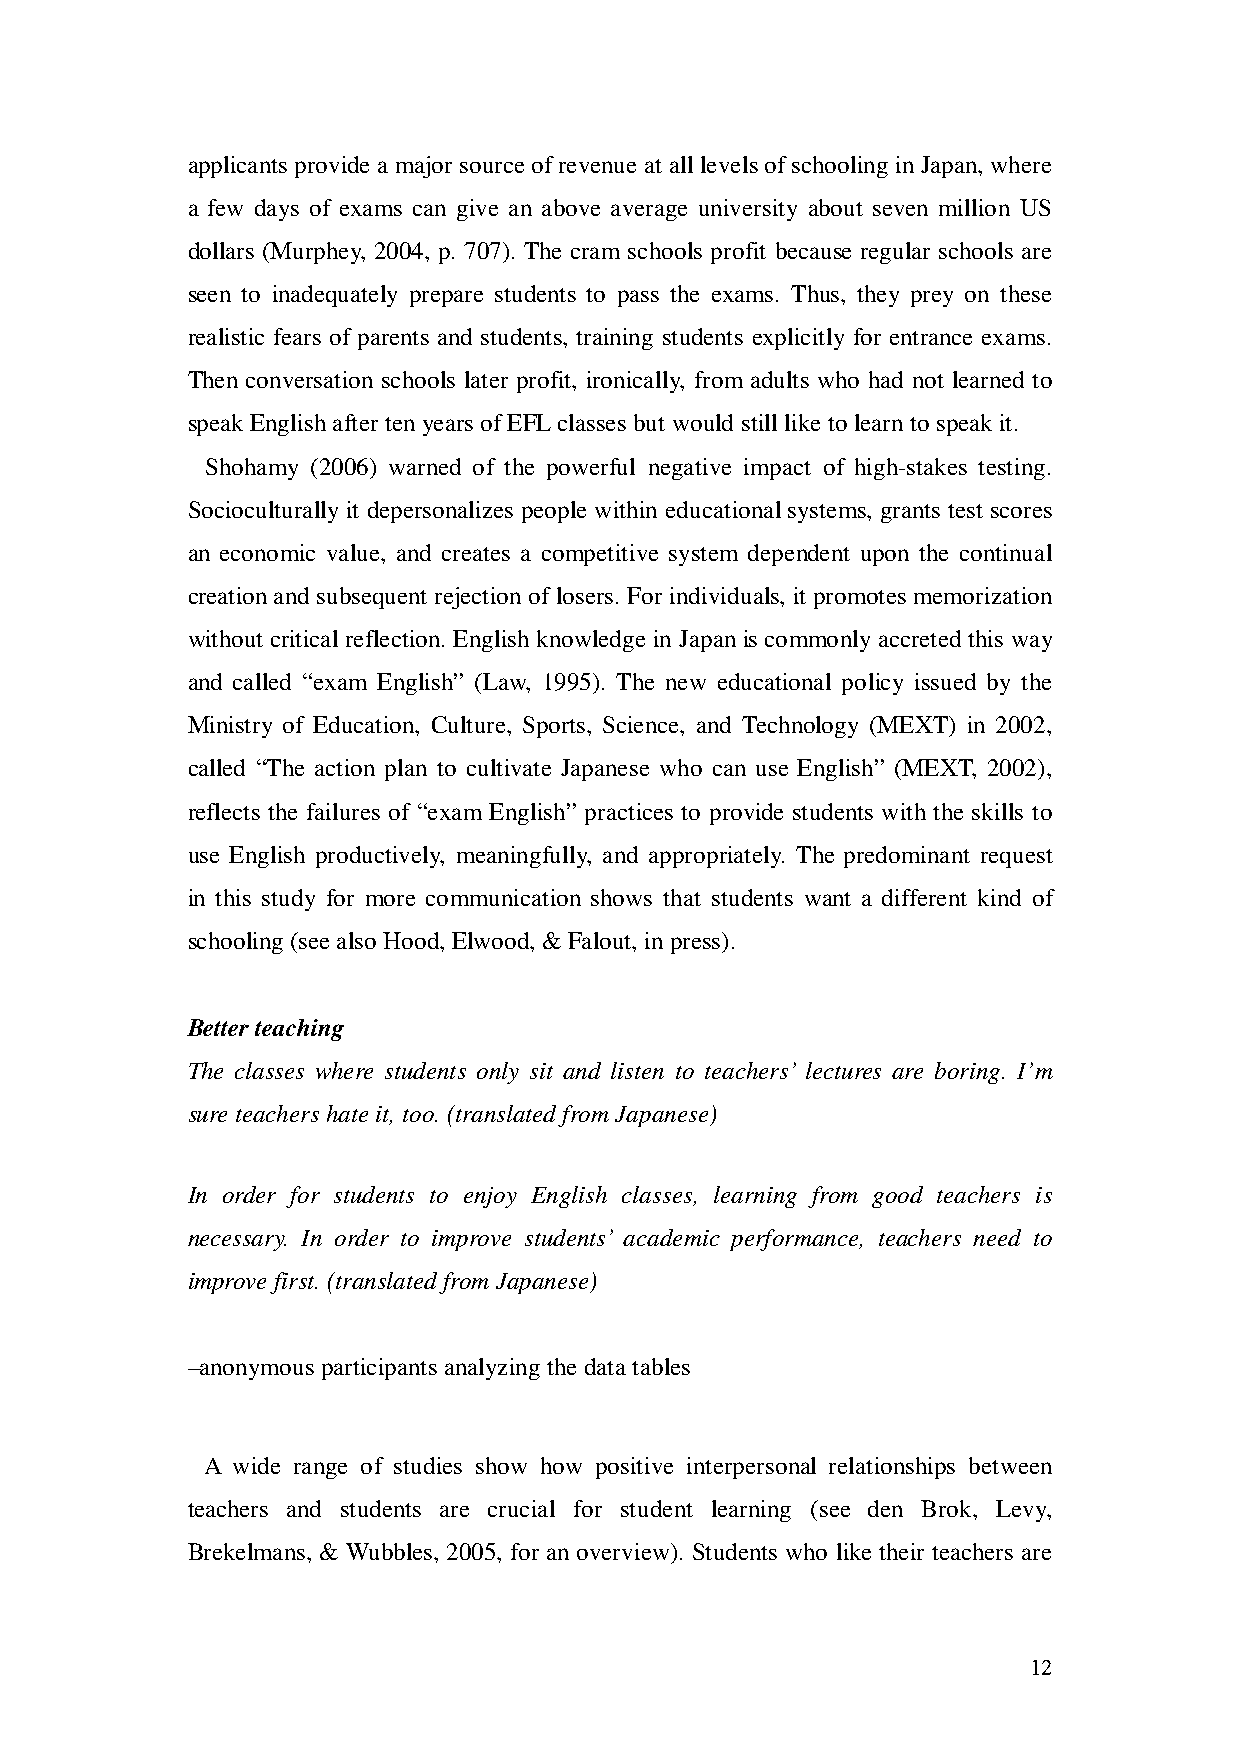
applicants provide a major source of revenue at all levels of schooling in Japan, where
 a few days of exams can give an above average university about seven million US
 dollars (Murphey, 2004, p. 707). The cram schools profit because regular schools are
 seen to inadequately prepare students to pass the exams. Thus, they prey on these
 realistic fears of parents and students, training students explicitly for entrance exams.
 Then conversation schools later profit, ironically, from adults who had not learned to
 speak English after ten years of EFL classes but would still like to learn to speak it.
 Shohamy (2006) warned of the powerful negative impact of high-stakes testing.
 Socioculturally it depersonalizes people within educational systems, grants test scores
 an economic value, and creates a competitive system dependent upon the continual
 creation and subsequent rejection of losers. For individuals, it promotes memorization
 without critical reflection. English knowledge in Japan is commonly accreted this way
 and called “exam English” (Law, 1995). The new educational policy issued by the
 Ministry of Education, Culture, Sports, Science, and Technology (MEXT) in 2002,
 called “The action plan to cultivate Japanese who can use English” (MEXT, 2002),
 reflects the failures of “exam English” practices to provide students with the skills to
 use English productively, meaningfully, and appropriately. The predominant request
 in this study for more communication shows that students want a different kind of
 schooling (see also Hood, Elwood, & Falout, in press).
 Better teaching
 The classes where students only sit and listen to teachers’ lectures are boring. I’m
 sure teachers hate it, too. (translated from Japanese)
 In order for students to enjoy English classes, learning from good teachers is
 necessary. In order to improve students’ academic performance, teachers need to
 improve first. (translated from Japanese)
 –anonymous participants analyzing the data tables
 A wide range of studies show how positive interpersonal relationships between
 teachers and students are crucial for student learning (see den Brok, Levy,
 Brekelmans, & Wubbles, 2005, for an overview). Students who like their teachers are
 12